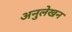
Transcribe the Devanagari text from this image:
अनुलेखन